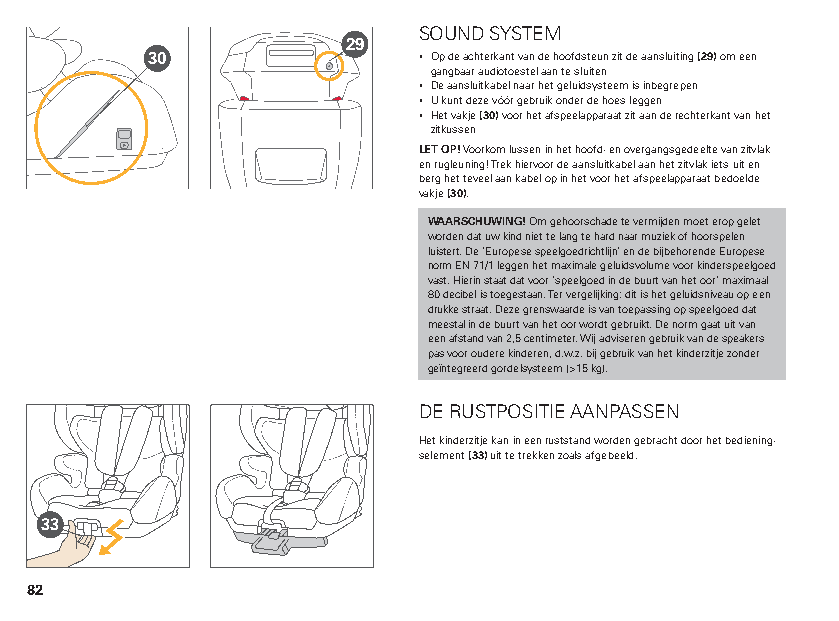
SOUND SYSTEM
 29
 30                ▪ Op de achterkant van de hoofdsteun zit de aansluiting (29) om een
 gangbaar audiotoestel aan te sluiten
 ▪ De aansluitkabel naar het geluidsysteem is inbegrepen
 ▪ U kunt deze vóór gebruik onder de hoes leggen
 ▪ Het vakje (30) voor het afspeelapparaat zit aan de rechterkant van het
 zitkussen
 LET OP! Voorkom lussen in het hoofd- en overgangsgedeelte van zitvlak
 en rugleuning! Trek hiervoor de aansluitkabel aan het zitvlak iets uit en
 berg het teveel aan kabel op in het voor het afspeelapparaat bedoelde
 vakje (30).
 WAARSCHUWING! Om gehoorschade te vermijden moet erop gelet
 worden dat uw kind niet te lang te hard naar muziek of hoorspelen
 luistert. De ‘Europese speelgoedrichtlijn’ en de bijbehorende Europese
 norm EN 71/1 leggen het maximale geluidsvolume voor kinderspeelgoed
 vast. Hierin staat dat voor ‘speelgoed in de buurt van het oor’ maximaal
 80 decibel is toegestaan. Ter vergelijking: dit is het geluidsniveau op een
 drukke straat. Deze grenswaarde is van toepassing op speelgoed dat
 meestal in de buurt van het oor wordt gebruikt. De norm gaat uit van
 een afstand van 2,5 centimeter. Wij adviseren gebruik van de speakers
 pas voor oudere kinderen, d.w.z. bij gebruik van het kinderzitje zonder
 geïntegreerd gordelsysteem (>15 kg).
 DE RUSTPOSITIE AANPASSEN
 Het kinderzitje kan in een ruststand worden gebracht door het bediening-
 selement (33) uit te trekken zoals afgebeeld.
 33
 82